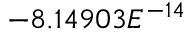
- 8 . 1 4 9 0 3 E ^ { - 1 4 }